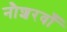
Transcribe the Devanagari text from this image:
नौशरवाँ